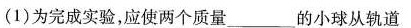
(1)为完成实验，应使两个质量_________的小球从轨道